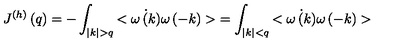
J ^ { ( h ) } \left( q \right) = - \int _ { | k | > q } { < \dot { \omega \left( k \right) } \omega \left( - k \right) > } = \int _ { | k | < q } { < \dot { \omega \left( k \right) } \omega \left( - k \right) > }